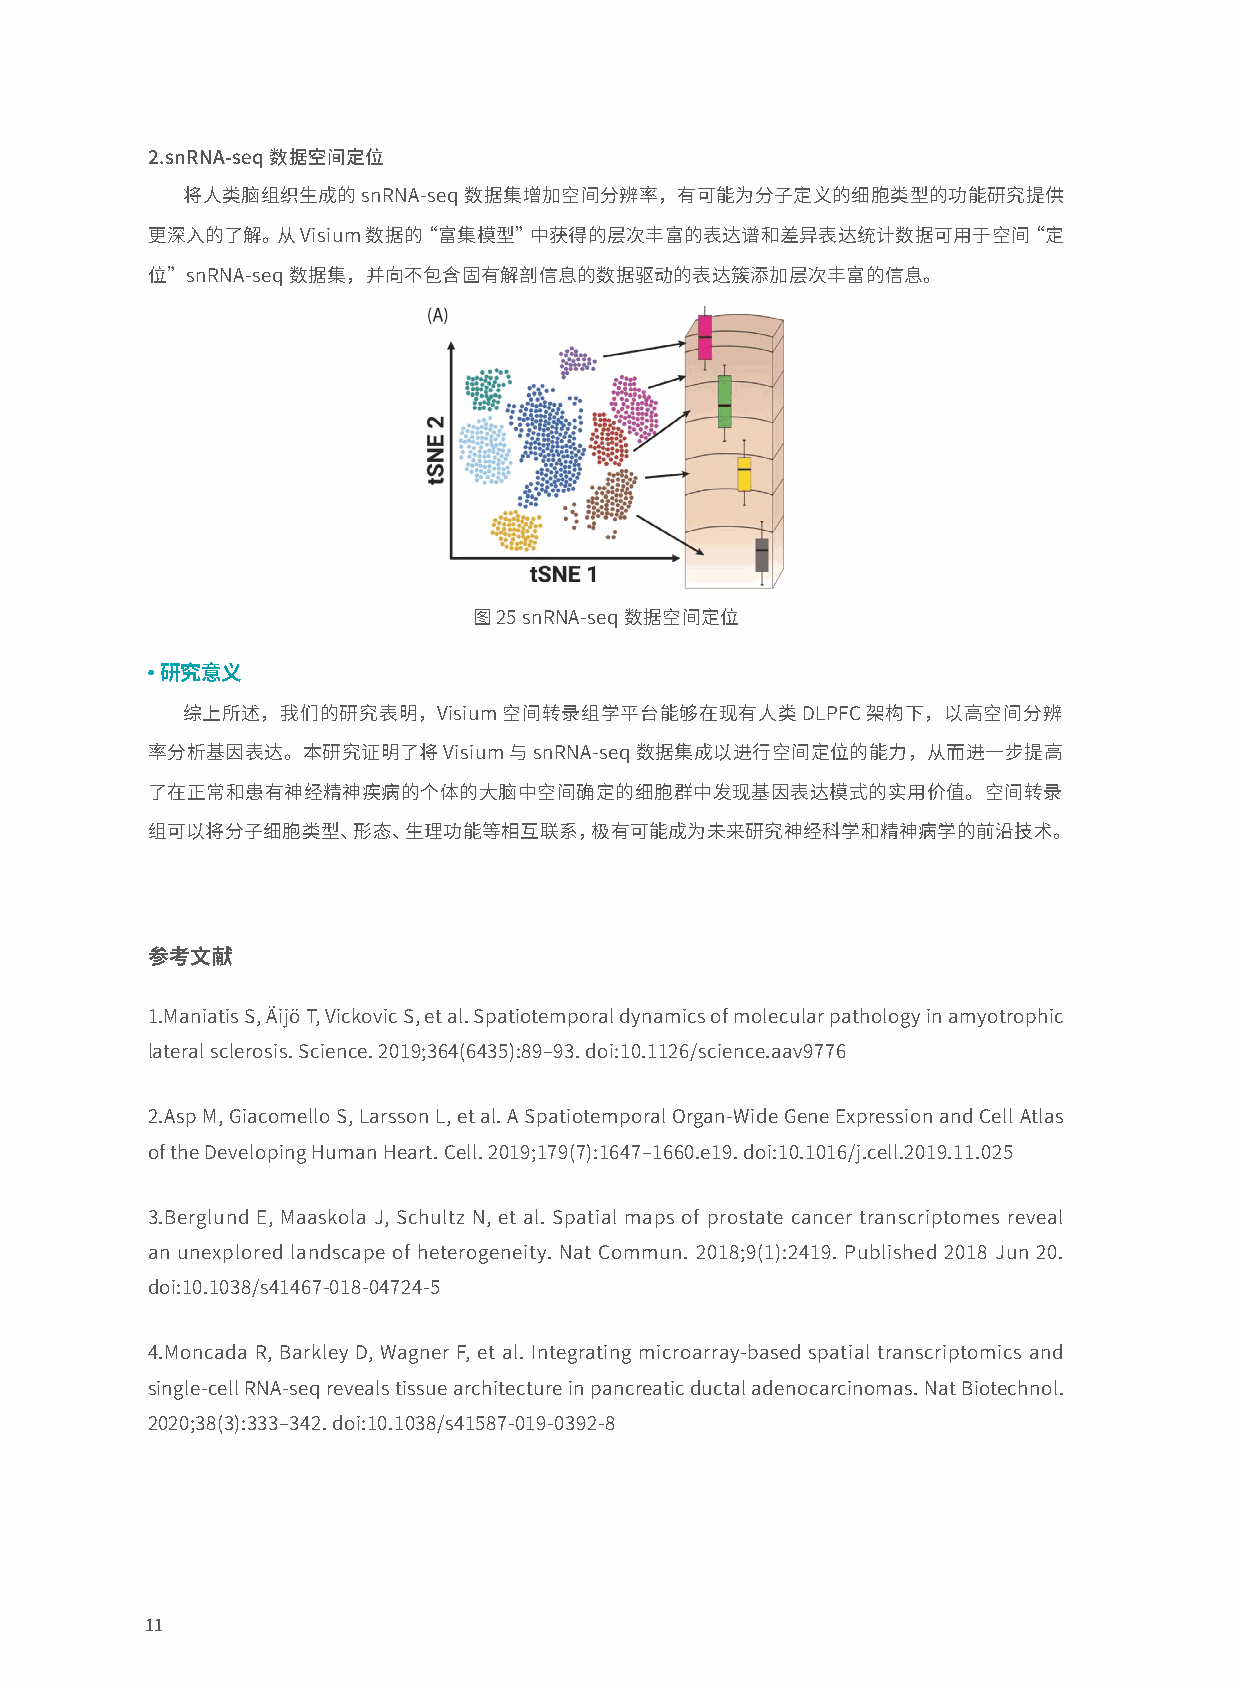
2.snRNA-seq数据空间定位
 将人类脑组织生成的snRNA-seq数据集增加空间分辨率，有可能为分子定义的细胞类型的功能研究提供
 更深入的了解。从Visium数据的“富集模型”中获得的层次丰富的表达谱和差异表达统计数据可用于空间“定
 位”snRNA-seq数据集，并向不包含固有解剖信息的数据驱动的表达簇添加层次丰富的信息。
 图25 snRNA-seq数据空间定位
 ● 研究意义
 综上所述，我们的研究表明，Visium空间转录组学平台能够在现有人类DLPFC架构下，以高空间分辨
 率分析基因表达。本研究证明了将Visium与snRNA-seq数据集成以进行空间定位的能力，从而进一步提高
 了在正常和患有神经精神疾病的个体的大脑中空间确定的细胞群中发现基因表达模式的实用价值。空间转录
 组可以将分子细胞类型、形态、生理功能等相互联系，极有可能成为未来研究神经科学和精神病学的前沿技术。
 参考文献
 1.Maniatis S, Äijö T, Vickovic S, et al. Spatiotemporal dynamics of molecular pathology in amyotrophic
 lateral sclerosis. Science. 2019;364(6435):89–93. doi:10.1126/science.aav9776
 2.Asp M, Giacomello S, Larsson L, et al. A Spatiotemporal Organ-Wide Gene Expression and Cell Atlas
 of the Developing Human Heart. Cell. 2019;179(7):1647–1660.e19. doi:10.1016/j.cell.2019.11.025
 3.Berglund E, Maaskola J, Schultz N, et al. Spatial maps of prostate cancer transcriptomes reveal
 an unexplored landscape of heterogeneity. Nat Commun. 2018;9(1):2419. Published 2018 Jun 20.
 doi:10.1038/s41467-018-04724-5
 4.Moncada R, Barkley D, Wagner F, et al. Integrating microarray-based spatial transcriptomics and
 single-cell RNA-seq reveals tissue architecture in pancreatic ductal adenocarcinomas. Nat Biotechnol.
 2020;38(3):333–342. doi:10.1038/s41587-019-0392-8
 11